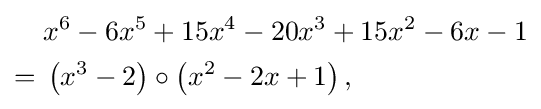
{\begin{aligned}&x^{6}-6x^{5}+15x^{4}-20x^{3}+15x^{2}-6x-1\\={}&\left(x^{3}-2\right)\circ \left(x^{2}-2x+1\right),\end{aligned}}